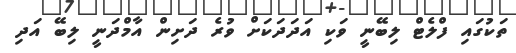
ތަކުގައި ފްލެޓް ލިބޭނީ ވަކި އަދަދަަކަށް ވުރެ ދަށިން އާމްދަނީ ލިބޭ އަދި